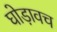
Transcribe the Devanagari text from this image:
घोड़ावच